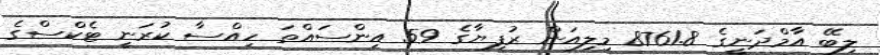
ލިބޭ އާމްދަނީގެ 8761.8 މިލިއަން ރުފިޔާގެ 59 އިންސައްތަ ހިއްސާ ކުރަނީ ޓެކްސްގެ